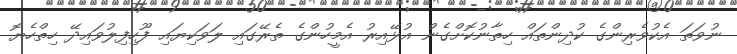
ނުވަތަ އެކުވެރިންގެ ކުދިންތައް ހިތާނުކޮށްގެން އުޅޭއިރު އެމީހުންގެ ތެރޭގައި ލަވަކިޔައި ފޫހިފިލުވައިދޭ ހިތްހެޔޮ